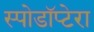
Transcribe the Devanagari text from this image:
स्पोडॉप्टेरा